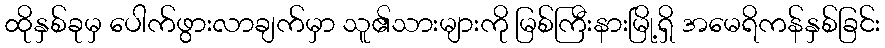
ထိုနှစ်ခုမှ ပေါက်ဖွားလာချက်မှာ သူ၏သားများကို မြစ်ကြီးနားမြို့ရှိ အမေရိကန်နှစ်ခြင်း